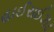
હાઈરાઈઝડ